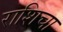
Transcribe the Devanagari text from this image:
राशिचा